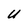
Character: U